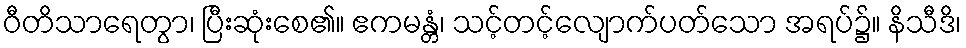
ဝီတိသာရေတွာ၊ ပြီးဆုံးစေ၏။ ဧကမန္တံ၊ သင့်တင့်လျောက်ပတ်သော အရပ်၌။ နိသီဒိ၊